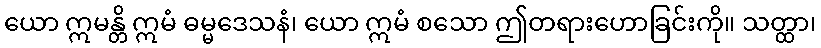
ယော ဣမန္တိ ဣမံ ဓမ္မဒေသနံ၊ ယော ဣမံ စသော ဤတရားဟောခြင်းကို။ သတ္ထာ၊